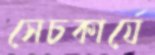
সেচকার্যে